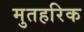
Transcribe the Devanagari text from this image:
मुतहरिक